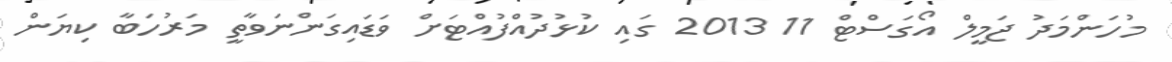
މުހަންމަދު ޖަމީލް އޯގަސްޓް 11 2013 ގައި ކުޅުދުއްފުއްޓަށް ވަޑައިގަންނަވާތީ މަރުހަބާ ކިޔަން